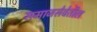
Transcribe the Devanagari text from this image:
समाजसेवेतील